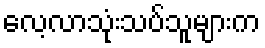
လေ့လာသုံးသပ်သူများက